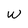
Character: W